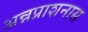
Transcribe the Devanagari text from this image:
अन्नप्राशनास